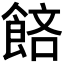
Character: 𬲔